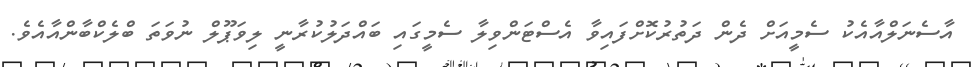
އާސެނަލްއާއެކު ސެމީއަށް ދެން ދަތުރުކޮށްފައިވާ އެސްޓަންވިލާ ސެމީގައި ބައްދަލުކުރާނީ ލިވަޕޫލް ނުވަތަ ބްލެކްބާންއާއެވެ.